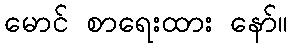
မောင် စာရေးထား နော်။